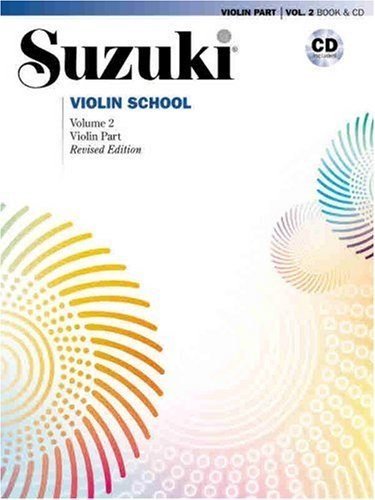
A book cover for Suzuki Violin School Revised Edition Violin Part Book & CD Volume 2; Arts & Photography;